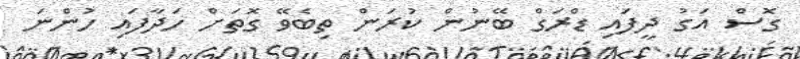
ގޮސް އަގު ދީފައި ޑްރަގް ބޭނުން ކުރަން ތިބެވޭ ގޮތަށް ހަދާފައި ހުންނަ